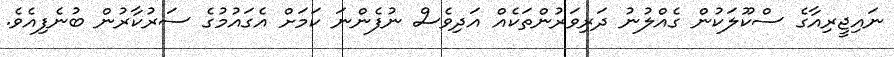
ނައިޖީރިއާގެ ސްކޫލަކުން ގެއްލުނު ދަރިވަރުންތަކެއް އަދިވެސް ނުފެންނަ ކަމަށް އެގައުމުގެ ސަރުކާރުން ބުނެފިއެވެ.